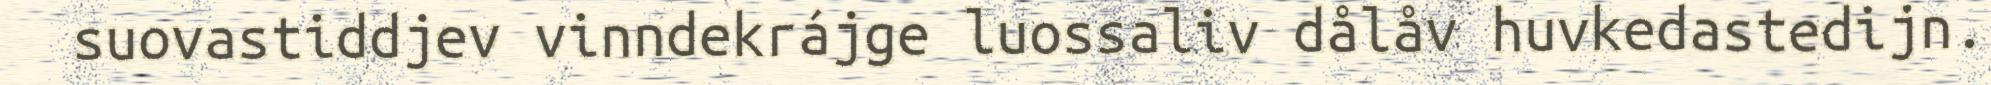
suovastiddjev vinndekrájge luossaliv dålåv huvkedastedijn.